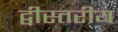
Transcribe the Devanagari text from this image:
द्वीस्तरीय